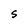
Character: S